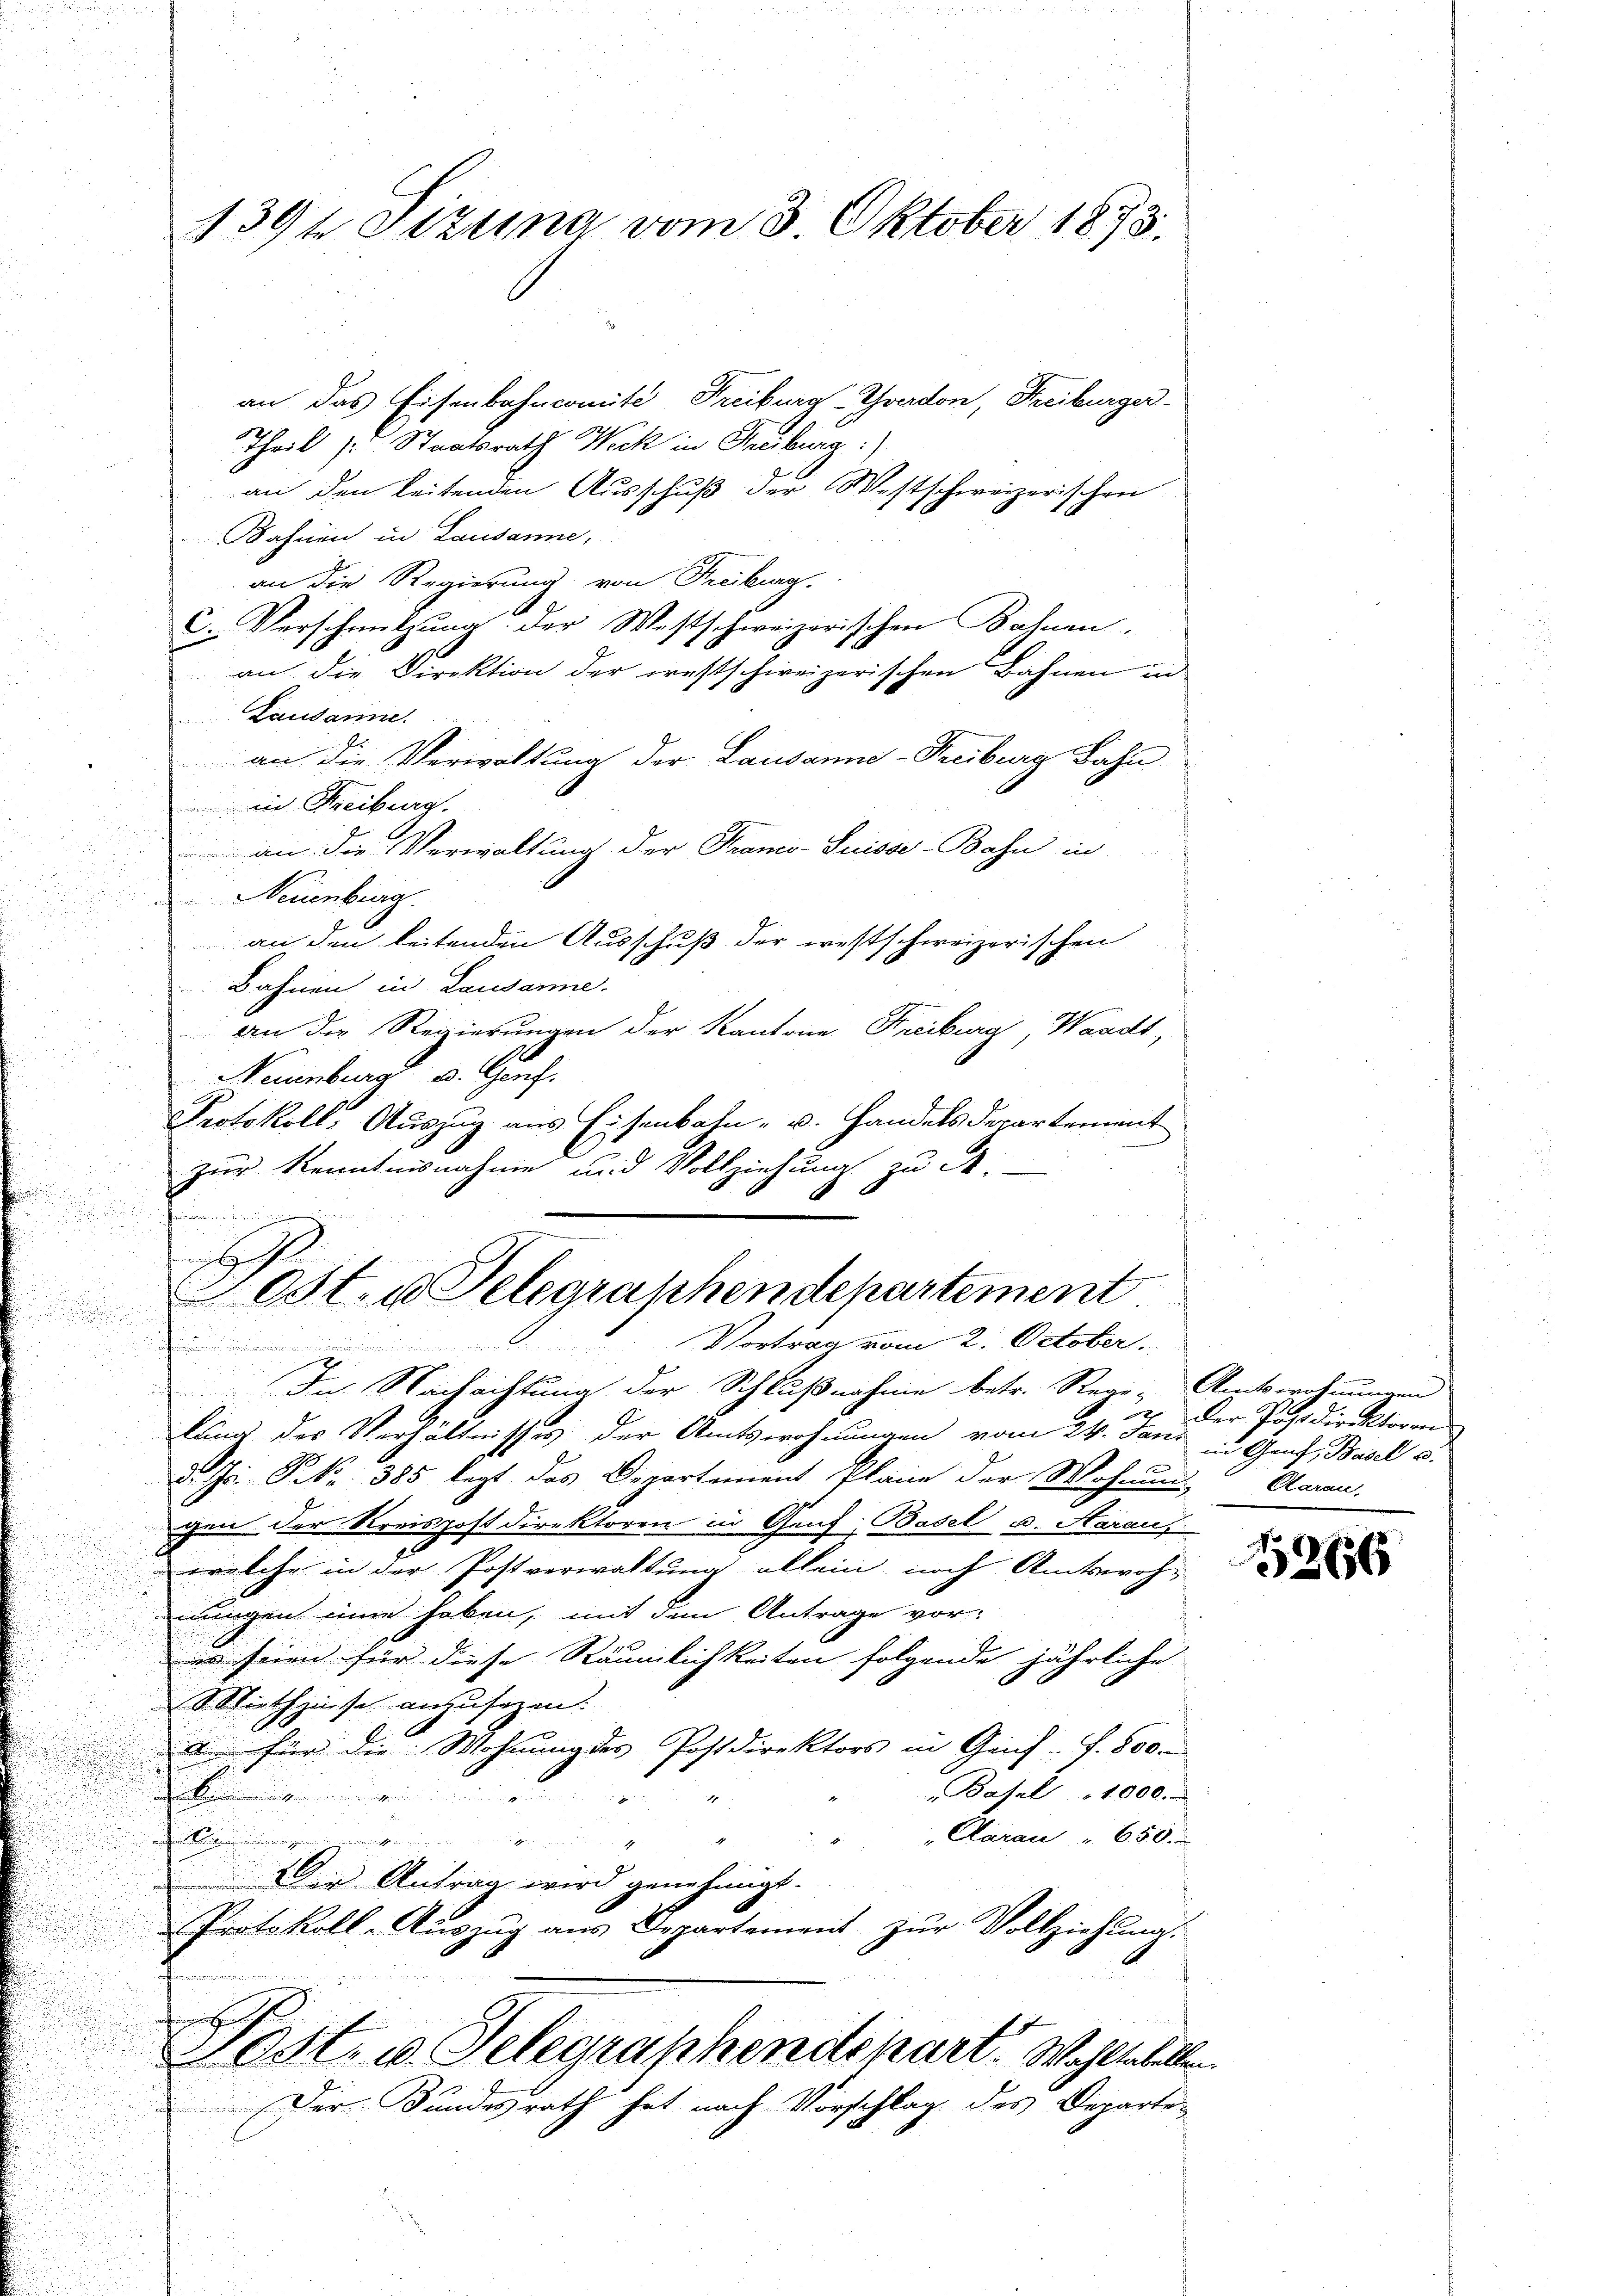
d

i

139te Stztina vom 3. Oktober 1873.

an das Eisenbahncomite Freiburg Yverdon, Freiburger¬
Theil s. Staatsrath Weck in Freiburg)
an den beitenden Ausschuß der Westschweizerischen
Bahnen in Lausanne,
an die Regierung von Freiburg.
C. Verschnitzung der Westschweizerischen Bahnen.
an die Direktion der restschweizerischen Bahnen in
Lausanne.
an die Verwaltung der Lausanne-Freiburg Sahn
in Khreiburg.
an die Verwaltung der Tramo-Suisse-Bahn in
u
.
Neuenburg
an den leitenden Ausschuß der westschweizerischen
Bahnen in Lausanne.
an die Regierungen der Kantone Freiburg, Waadt,
Naumburg v. Genf.
Protokoll. Auszug aus Eisenbahn- u. Handels Departement
zur Kenntnisnahme und Vollziehung zu St.
n
undschauung

In Nachachtung der Schlußnahme betr. Rege- Amtswohnungen
lung des Verhältnisses der Amtswohnungen vom 24. Jani in Genf, Basel u.
d. Js. P. Nr. 385 legt das Departement Plane der Wohnung Aaran,
gen der Kreispost Direktoren in Genf, Basel u. Aarau,
welche in der Postverwaltung allein, noch Amtswoh-
nungen eine haben, mit dem Antrage vor-
es seien für diese Räumlichkeiten folgende jährliche
Miethzinse anzusagen.
d für die Wohnung des Postdirektors in Geif. S. 800.
Basel 1000.
g
Aarau " 650.

1
Die Antrag wird genehmigt.
Protokoll-Aŭszŭg aŭs Departement zŭr Vollziehŭng.
daher He
280st. v. Selegraphendepart. Wohlseellen
Der Bundesrath hat nach Vorschlag des Departe

k
d
.
Fest. Telegraphendepartement.
Vortrag vom 2. October.

Der Postdirektoren

12856